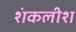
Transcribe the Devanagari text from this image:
शंकलीश